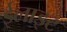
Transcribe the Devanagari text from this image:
ईलाइट